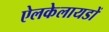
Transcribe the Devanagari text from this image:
ऐलकेलायडों